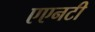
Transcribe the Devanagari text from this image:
एएनटी